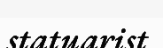
statuarist